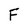
Character: F